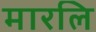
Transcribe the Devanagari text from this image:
मारलि